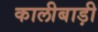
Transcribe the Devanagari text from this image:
कालीबाड़ी